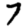
Digit: 7